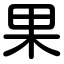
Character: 果